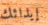
إيذائك